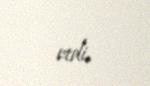
etdi.